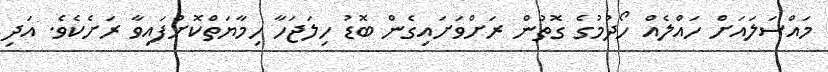
މައްސަލައަށް ހައްލެއް ހޯދުމުގެ ގޮތުން ރަށްވަށައިގެން ބޮޑު ހިލަޖަހާ ހިމާޔަތްކޮށްފައިވާ ރަށެކެވެ. އަދި